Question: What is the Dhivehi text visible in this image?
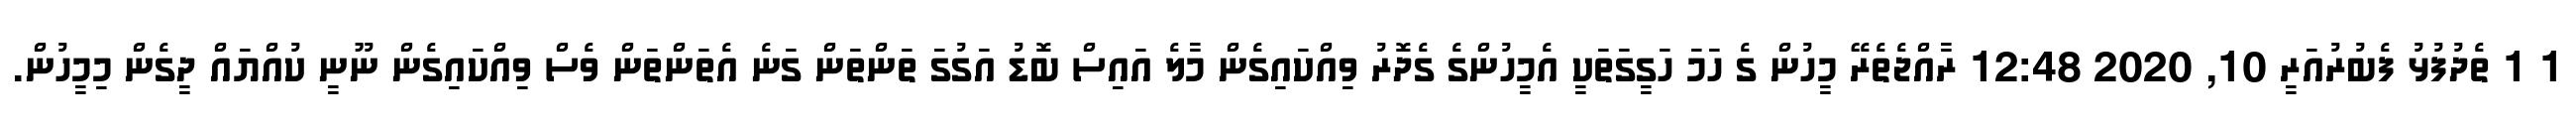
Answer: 1 1 ތެދުފުޅު ފެބުރުއަރީ 10, 2020 12:48 ރާއްޖެތެރޭ މީހުން ގެ ހަމަ ހަގީގަތަކީ އެމީހުންގެ ގެދޮރު ވިއްކައިގެން މާލެ އައިސް ބޮޑު އަގުގަ ތަންތަން ގަނެ އެތަންތަން ވެސް ވިއްކައިގެން ނޫނީ ކުއްޔައް ދީގެން މިމީހުން.